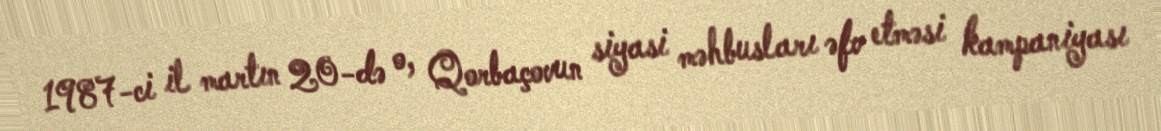
1987-ci il martın 20-də o, Qorbaçovun siyasi məhbusları əfv etməsi kampaniyası